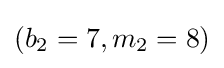
(b_{2}=7,m_{2}=8)